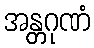
အန္တဂုဏံ